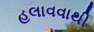
હલાવવાથી